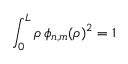
\int _ { 0 } ^ { L } \d \rho \, \phi _ { n , m } ( \rho ) ^ { 2 } = 1